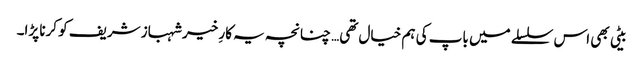
بیٹی بھی اس سلسلے میں باپ کی ہم خیال تھی… چنانچہ یہ کارِ خیر شہباز شریف کو کرنا پڑا۔